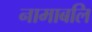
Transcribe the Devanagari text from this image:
नामाबलि